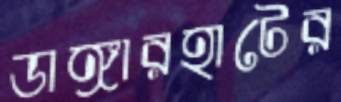
ডাঙ্গারহাটের